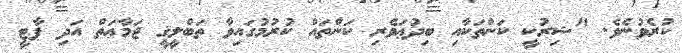
ކުރެވުނެވެ. "ޝިރުކީ ކަންތަކާއި ބިދުޢަވެރި ކަންތައް ކުރުމުގައިވާ ތަބްލީޤީ ޖަމާޢަތް އަދި ޕާޓީ